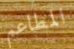
المطاعم